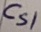
Text: Cs1